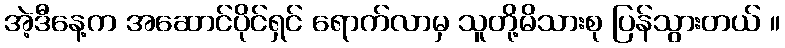
အဲ့ဒီနေ့က အဆောင်ပိုင်ရှင် ရောက်လာမှ သူတို့မိသားစု ပြန်သွားတယ် ။